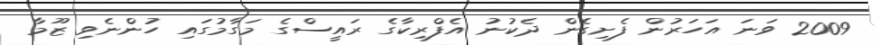
2009 ވަނަ އަހަރުން ފެށިގެން ދެކުނު އެފްރިކާގެ ރައީސްގެ މަގާމުގައި ހުންނެވި ޒޫމާ